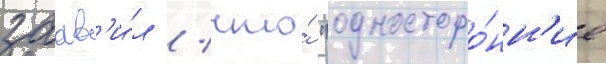
заав'и́л / что́ "односторо́нн'ие